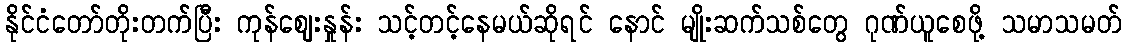
နိုင်ငံတော်တိုးတက်ပြီး ကုန်ဈေးနှုန်း သင့်တင့်နေမယ်ဆိုရင် နောင် မျိုးဆက်သစ်တွေ ဂုဏ်ယူစေဖို့ သမာသမတ်